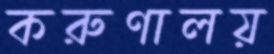
করুণালয়